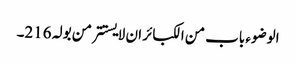
الوضوء باب من الکبائر ان لا یستتر من بولہ 216۔